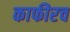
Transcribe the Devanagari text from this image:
काफीरच